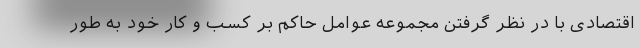
اقتصادی با در نظر گرفتن مجموعه عوامل حاکم بر کسب و کار خود به طور